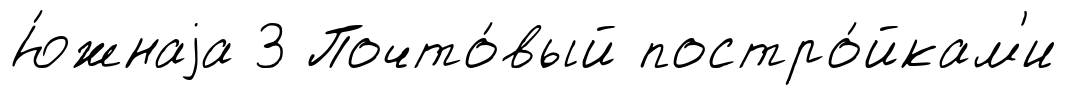
Ю́жнаjа 3 Почто́вый постро́йкам'и